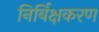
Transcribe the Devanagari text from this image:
निर्बिक्षकरण